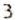
3